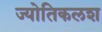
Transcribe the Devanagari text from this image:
ज्योतिकलश